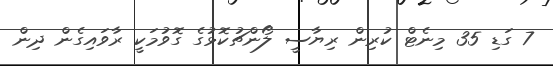
7 ގަޑި 35 މިނެޓް ކުރިން ރިޔާސީ ލޯންޗުކޮޅުގެ ގޮވުމަކީ ރާވައިގެން ދިން